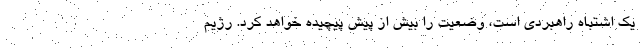
یک اشتباه راهبردی است، وضعیت را بیش از پیش پیچیده خواهد کرد. رژیم